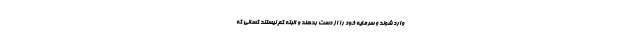
وارد شوند و سرمایه خود را از دست بدهند و البته کم نیستند کسانی که